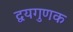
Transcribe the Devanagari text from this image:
द्वयगुणक